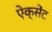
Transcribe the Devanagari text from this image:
ऐक्सेंट